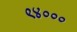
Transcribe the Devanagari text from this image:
९४०००